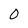
Character: 0